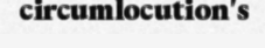
circumlocution's